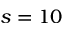
s = 1 0